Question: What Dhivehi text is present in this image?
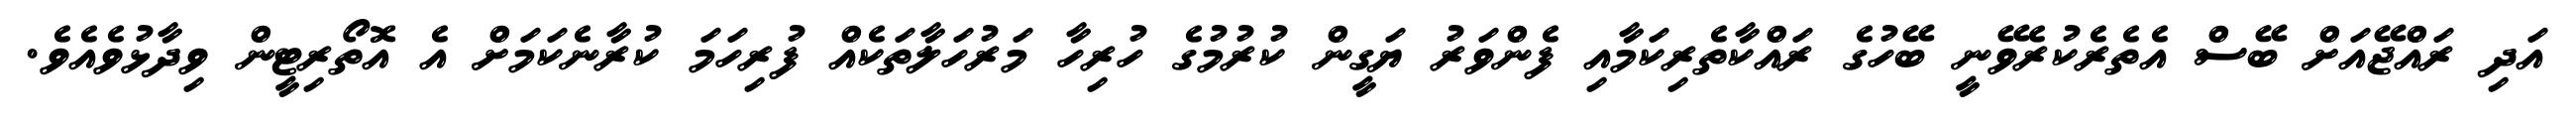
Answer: އަދި ރައްޖޭއަށް ބޭސް އެތެރެކުރެވޭނީ ބޭހުގެ ރައްކާތެރިކަމާއި ފެންވަރު ޔަގީން ކުރުމުގެ ހުރިހާ މަރުހަލާތަކެއް ފުރިހަމަ ކުރާނެކަމަށް އެ އޮތޯރިޓީން ވިދާޅުވެއެވެ.